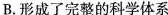
B.形成了完整的科学体系